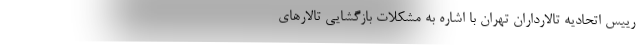
رییس اتحادیه تالارداران تهران با اشاره به مشکلات بازگشایی تالارهای